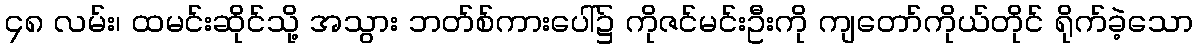
၄၈ လမ်း၊ ထမင်းဆိုင်သို့ အသွား ဘတ်စ်ကားပေါ်၌ ကိုဇင်မင်းဦးကို ကျတော်ကိုယ်တိုင် ရိုက်ခဲ့သော